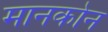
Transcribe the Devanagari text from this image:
मानकोन